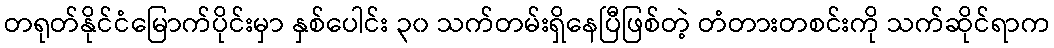
တရုတ်နိုင်ငံမြောက်ပိုင်းမှာ နှစ်ပေါင်း ၃၀ သက်တမ်းရှိနေပြီဖြစ်တဲ့ တံတားတစင်းကို သက်ဆိုင်ရာက